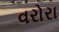
વરોરા